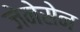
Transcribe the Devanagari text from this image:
जेनेसेन